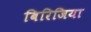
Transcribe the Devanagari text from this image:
बिरिजिया